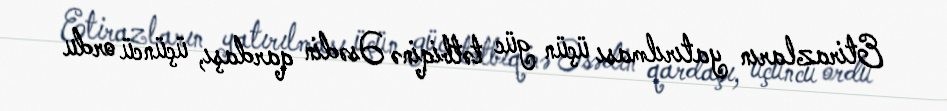
Etirazların yatırılması üçün güc tətbiqinə Əsədin qardaşı, üçüncü ordu